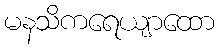
မနသိကရေယျာထော